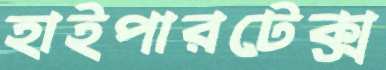
হাইপারটেক্স